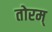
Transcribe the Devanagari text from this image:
तोरम्